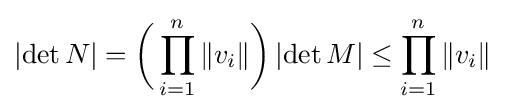
\left|\det N\right|={\bigg (}\prod _{i=1}^{n}\|v_{i}\|{\bigg )}\left|\det M\right|\leq \prod _{i=1}^{n}\|v_{i}\|